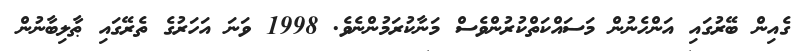
ގެއިން ބޭރުގައި އަންހެނުން މަސައްކަތްކުރުންވެސް މަނާކުރަމުންނެވެ. 1998 ވަނަ އަހަރުގެ ތެރޭގައި ޠާލިބާނުން